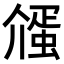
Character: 𬿷